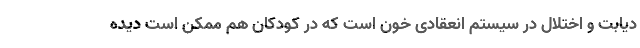
دیابت و اختلال در سیستم انعقادی خون است که در کودکان هم ممکن است دیده